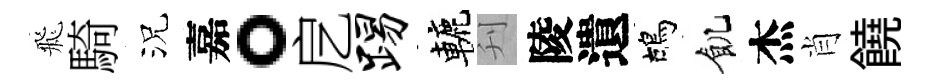
飛騎況嘉。戹踢轆刋陵遺鴣飢杰肖饒